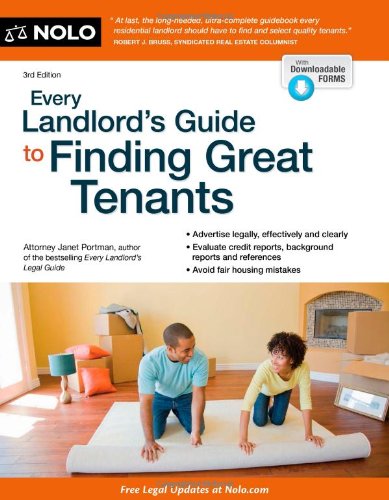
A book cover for Every Landlord's Guide to Finding Great Tenants; Janet Portman; Business & Money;